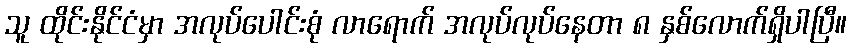
သူ ထိုင်းနိုင်ငံမှာ အလုပ်ပေါင်းစုံ လာရောက် အလုပ်လုပ်နေတာ ၈ နှစ်လောက်ရှိပါပြီ။